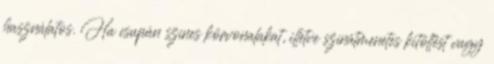
használatos. Ha csupán színes körvonalakat, illetve színátmenetes kitöltést vagy